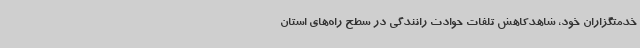
خدمتگزاران خود، شاهدکاهش تلفات حوادث رانندگی در سطح راه‌های استان